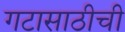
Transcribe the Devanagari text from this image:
गटासाठीची